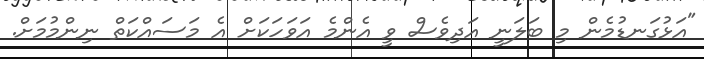
"އަޅުގަނޑުމެން މި ބަލަނީ އަދިވެސް ވީ އެންމެ އަވަހަކަށް އެ މަސައްކަތް ނިންމުމަށް.